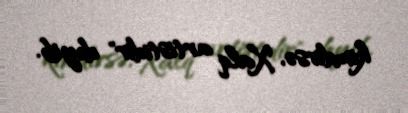
kimdirsə, Xalq artistidir" deyib.